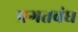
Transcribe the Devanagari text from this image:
प्रगतबंध